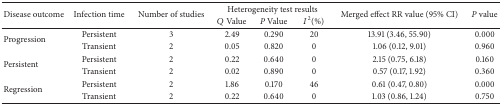
<table><thead><tr><td rowspan="2"><b>Disease outcome</b></td><td rowspan="2"><b>Infection time</b></td><td rowspan="2"><b>Number of studies</b></td><td colspan="3"><b>Heterogeneity test results</b></td><td rowspan="2"><b>Merged effect RR value (95% CI)</b></td><td rowspan="2"><b><i>P</i> value</b></td></tr><tr><td><b><i>Q</i> Value</b></td><td><b><i>P</i> Value</b></td><td><b><i>I</i><sup>2</sup>(%)</b></td></tr></thead><tbody><tr><td rowspan="2">Progression</td><td>Persistent</td><td>3</td><td>2.49</td><td>0.290</td><td>20</td><td>13.91 (3.46, 55.90)</td><td>0.000</td></tr><tr><td>Transient</td><td>2</td><td>0.05</td><td>0.820</td><td>0</td><td>1.06 (0.12, 9.01)</td><td>0.960</td></tr><tr><td rowspan="2">Persistent</td><td>Persistent</td><td>2</td><td>0.22</td><td>0.640</td><td>0</td><td>2.15 (0.75, 6.18)</td><td>0.160</td></tr><tr><td>Transient</td><td>2</td><td>0.02</td><td>0.890</td><td>0</td><td>0.57 (0.17, 1.92)</td><td>0.360</td></tr><tr><td rowspan="2">Regression</td><td>Persistent</td><td>2</td><td>1.86</td><td>0.170</td><td>46</td><td>0.61 (0.47, 0.80)</td><td>0.000</td></tr><tr><td>Transient</td><td>2</td><td>0.22</td><td>0.640</td><td>0</td><td>1.03 (0.86, 1.24)</td><td>0.750</td></tr></tbody></table>